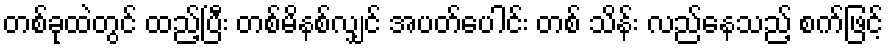
တစ်ခုထဲတွင် ထည့်ပြီး တစ်မိနစ်လျှင် အပတ်ပေါင်း တစ် သိန်း လည်နေသည့် စက်ဖြင့်